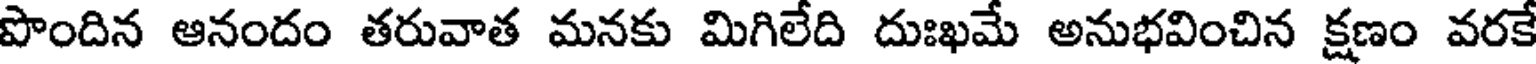
పొందిన ఆనందం తరువాత మనకు మిగిలేది దుఃఖమే అనుభవించిన క్షణం వరకే